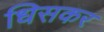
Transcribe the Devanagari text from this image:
धिसकर